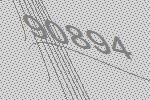
90894